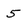
Character: 5